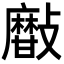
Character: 𣀫